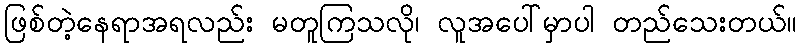
ဖြစ်တဲ့နေရာအရလည်း မတူကြသလို၊ လူအပေါ်မှာပါ တည်သေးတယ်။